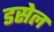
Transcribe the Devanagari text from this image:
डसेल